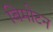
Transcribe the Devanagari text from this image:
बिमोटन